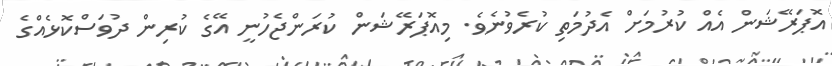
އޮޕަރޭޝަން އެއް ކުރުމަށް އެދުމަތި ކުރެވުނެވެ. މިއޮޕަރޭޝަން ކުރަންޖެހުނީ އޭގެ ކުރިން ދުވަސްކޮޅެއްގެ